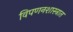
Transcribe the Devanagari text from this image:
विपणनशास्त्रात